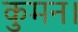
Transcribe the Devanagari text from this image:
कुमन।